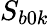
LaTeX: S_{b0k}